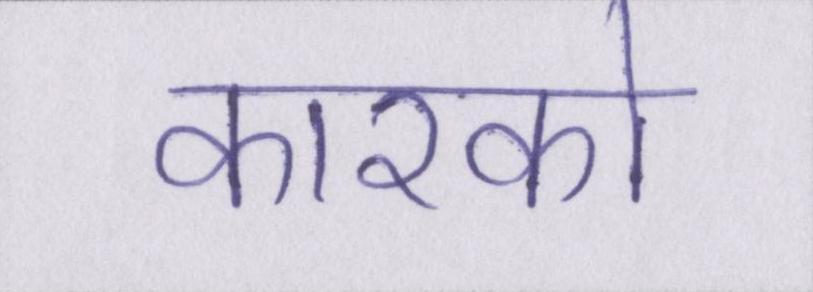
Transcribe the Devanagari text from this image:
कारको